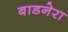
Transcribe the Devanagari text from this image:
बाडनेरा